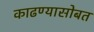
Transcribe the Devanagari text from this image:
काढण्यासोबत